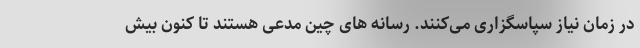
در زمان نیاز سپاسگزاری می‌کنند. رسانه های چین مدعی هستند تا کنون بیش